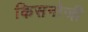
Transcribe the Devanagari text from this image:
किसनोजी